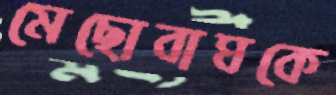
মেছোবাঘকে